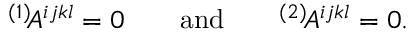
{ } ^ { ( 1 ) } \! A ^ { i j k l } = 0 \qquad \mathrm { a n d } \qquad { } ^ { ( 2 ) } \! A ^ { i j k l } = 0 .